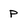
Character: P